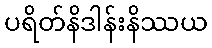
ပရိတ်နိဒါန်းနိဿယ